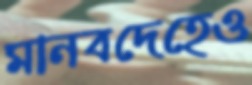
মানবদেহেও